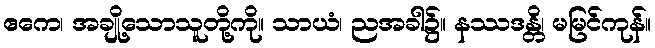
ဧကေ၊ အချို့သောသူတို့ကို။ သာယံ၊ ညအခါ၌။ နဿဒန္တိ၊ မမြင်ကုန်။